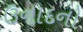
ઉનાદનો